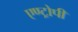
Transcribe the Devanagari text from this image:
एण्ट्रोपी